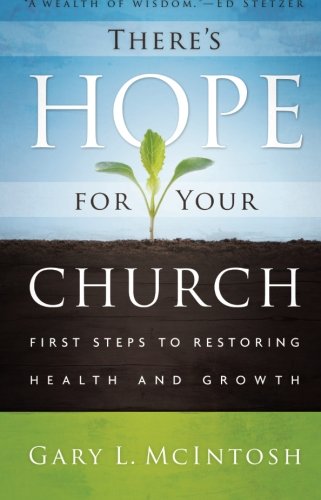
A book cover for There's Hope for Your Church: First Steps to Restoring Health and Growth; Gary L. McIntosh; Christian Books & Bibles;